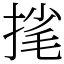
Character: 毮